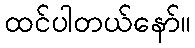
ထင်ပါတယ်နော်။